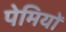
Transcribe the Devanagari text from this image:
पेमियों